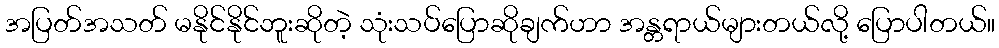
အပြတ်အသတ် မနိုင်နိုင်ဘူးဆိုတဲ့ သုံးသပ်ပြောဆိုချက်ဟာ အန္တရာယ်များတယ်လို့ ပြောပါတယ်။